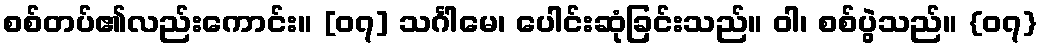
စစ်တပ်၏လည်းကောင်း။ [၀၇] သင်္ဂါမေ၊ ပေါင်းဆုံခြင်းသည်။ ဝါ၊ စစ်ပွဲသည်။ {၀၇}